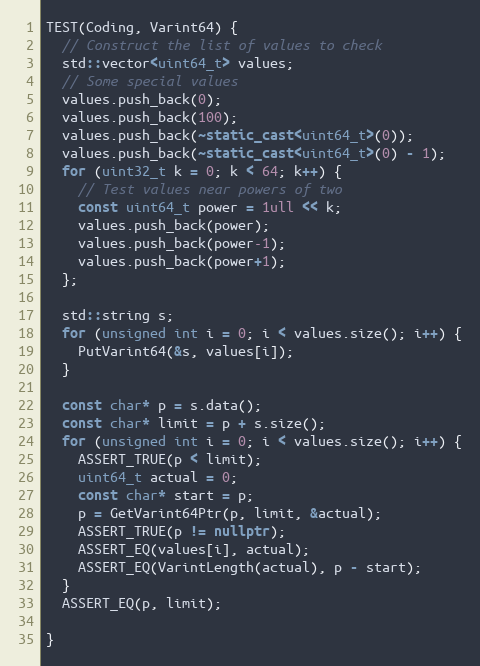
Language: C++
TEST(Coding, Varint64) {
  // Construct the list of values to check
  std::vector<uint64_t> values;
  // Some special values
  values.push_back(0);
  values.push_back(100);
  values.push_back(~static_cast<uint64_t>(0));
  values.push_back(~static_cast<uint64_t>(0) - 1);
  for (uint32_t k = 0; k < 64; k++) {
    // Test values near powers of two
    const uint64_t power = 1ull << k;
    values.push_back(power);
    values.push_back(power-1);
    values.push_back(power+1);
  };

  std::string s;
  for (unsigned int i = 0; i < values.size(); i++) {
    PutVarint64(&s, values[i]);
  }

  const char* p = s.data();
  const char* limit = p + s.size();
  for (unsigned int i = 0; i < values.size(); i++) {
    ASSERT_TRUE(p < limit);
    uint64_t actual = 0;
    const char* start = p;
    p = GetVarint64Ptr(p, limit, &actual);
    ASSERT_TRUE(p != nullptr);
    ASSERT_EQ(values[i], actual);
    ASSERT_EQ(VarintLength(actual), p - start);
  }
  ASSERT_EQ(p, limit);

}